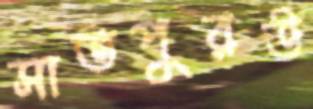
সাতপুরউ